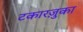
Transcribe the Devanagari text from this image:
टकारज़ुका